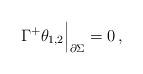
LaTeX: \begin{align*}\Gamma^+ \theta_{1,2}\Big|_{\partial\Sigma} = 0\,,\end{align*}